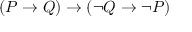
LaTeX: ( P \to Q ) \to ( \neg Q \to \neg P )